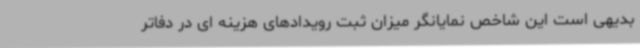
بدیهی است این شاخص نمایانگر میزان ثبت رویدادهای هزینه ای در دفاتر